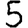
Digit: 5